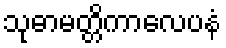
သုဓာမတ္တိကာလေပနံ